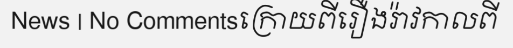
News | No Commentsក្រោយពីរឿងរ៉ាវកាលពី